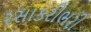
રસાકરીભરી